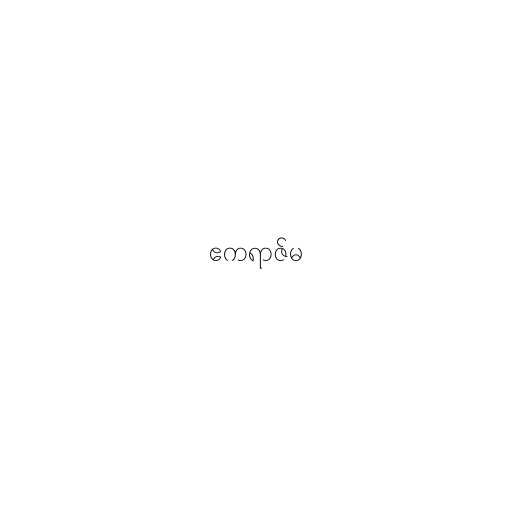
ဧကရာဇ်မ